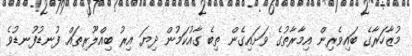
މުޒާހަރާގެ ބައިވެރިން އިމާރާތުގެ ވަށައިގެން ތިބެ ގާއުކަމުން ދިޔަ އިރު ބިއްލޫރިތައް ފުނޑުފުނޑުވެ